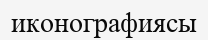
иконографиясы